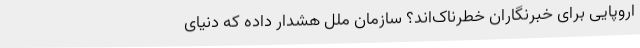
اروپایی برای خبرنگاران خطرناک‌اند؟ سازمان ملل هشدار داده که دنیای